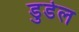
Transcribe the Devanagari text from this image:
डुडेल